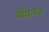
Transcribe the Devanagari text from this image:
भौंमलज